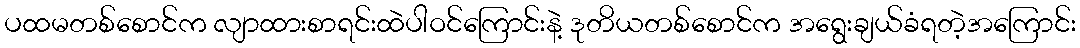
ပထမတစ်စောင်က လျာထားစာရင်းထဲပါဝင်ကြောင်းနဲ့ ဒုတိယတစ်စောင်က အရွေးချယ်ခံရတဲ့အကြောင်း